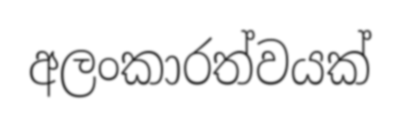
අලංකාරත්වයක්